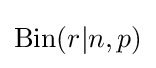
\mathrm {Bin} (r|n,p)